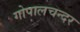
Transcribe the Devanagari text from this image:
गोपालचन्दर